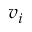
v _ { i }